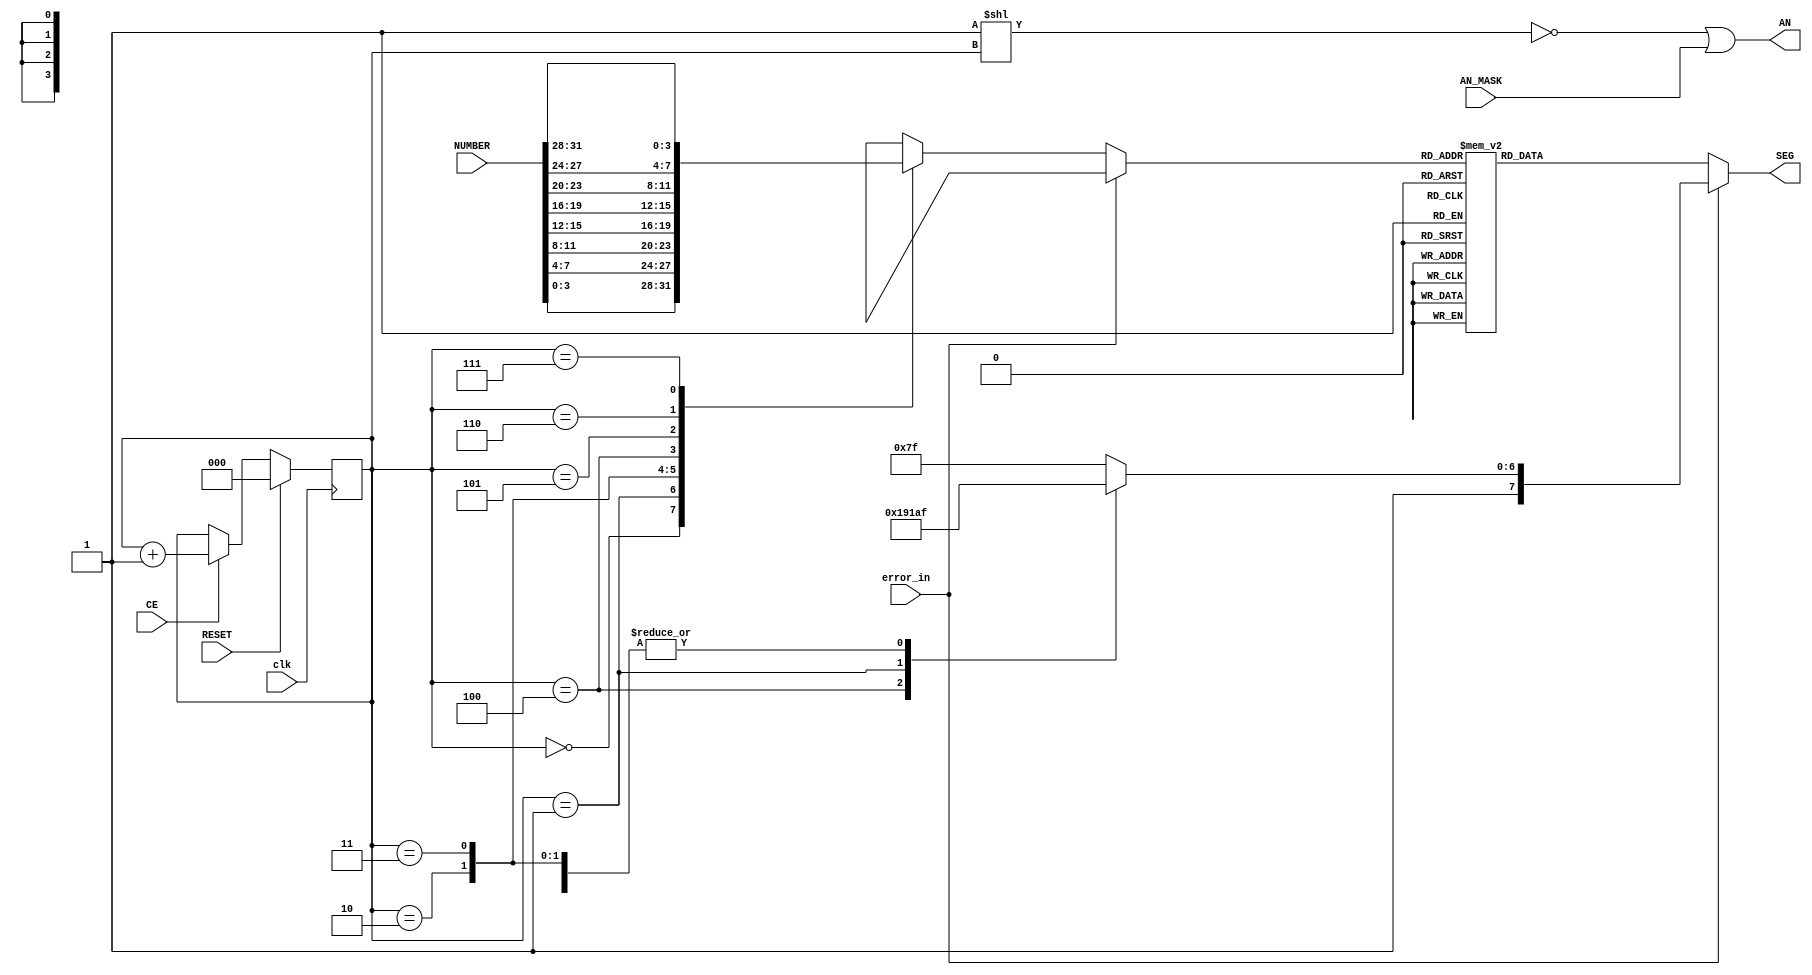
module seven_segment_led(
    input [7:0] AN_MASK,
    input [31:0] NUMBER,
    input RESET,
    input CE,
    input clk,
    input error_in,
    output [7:0] AN,
    output reg [7:0] SEG);

reg [7:0] AN_REG = 0;
wire [3:0] NUMBER_SPLITTER [0:7];
reg [2:0] digit_pos = 0;

genvar i;
generate
    for (i = 0; i < 8; i = i + 1)
    begin
        assign NUMBER_SPLITTER[i] = NUMBER[((i+1)*4-1)-:4];
    end
endgenerate

assign AN = AN_REG | AN_MASK;

always@(posedge clk)
    if (RESET == 1)
	   digit_pos <= 0;  
	else if (CE == 1)
	   digit_pos <= digit_pos + 3'b1;   

always@*
begin
    if (error_in)
        case (digit_pos)
            3'b100: SEG <= 8'b10000110;
            3'b011: SEG <= 8'b10101111;
            3'b010: SEG <= 8'b10101111;
            3'b001: SEG <= 8'b10100011;
            3'b000: SEG <= 8'b10101111;
            default: SEG <= 8'b11111111;
        endcase
    else    
        case (NUMBER_SPLITTER[digit_pos])
            4'h0: SEG <= 8'b11000000;
            4'h1: SEG <= 8'b11111001;
            4'h2: SEG <= 8'b10100100;
            4'h3: SEG <= 8'b10110000;
            4'h4: SEG <= 8'b10011001;
            4'h5: SEG <= 8'b10010010;
            4'h6: SEG <= 8'b10000010;
            4'h7: SEG <= 8'b11111000;
            4'h8: SEG <= 8'b10000000;
            4'h9: SEG <= 8'b10010000;
            4'ha: SEG <= 8'b10001000;
            4'hb: SEG <= 8'b10000011;
            4'hc: SEG <= 8'b11000110;
            4'hd: SEG <= 8'b10100001;
            4'he: SEG <= 8'b10000110;
            4'hf: SEG <= 8'b10001110;
            default: SEG <= 8'b11111111;
        endcase
    
	AN_REG <= ~(8'd1 << digit_pos);
end

endmodule